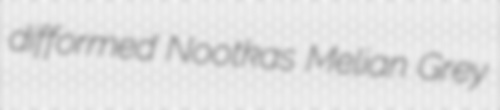
difformed Nootkas Melian Grey